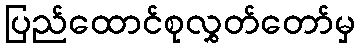
ပြည်ထောင်စုလွှတ်တော်မှ